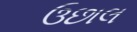
ઉછાલ